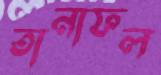
তানাফল